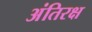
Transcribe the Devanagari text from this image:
अंतिरक्ष